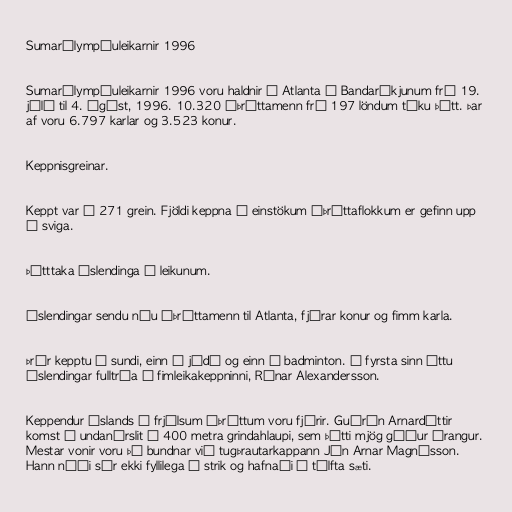
Sumarólympíuleikarnir 1996

Sumarólympíuleikarnir 1996 voru haldnir í Atlanta í Bandaríkjunum frá 19.
júlí til 4. ágúst, 1996. 10.320 íþróttamenn frá 197 löndum tóku þátt. Þar
af voru 6.797 karlar og 3.523 konur.

Keppnisgreinar.

Keppt var í 271 grein. Fjöldi keppna í einstökum íþróttaflokkum er gefinn upp
í sviga.

Þátttaka Íslendinga á leikunum.

Íslendingar sendu níu íþróttamenn til Atlanta, fjórar konur og fimm karla.

Þrír kepptu í sundi, einn í júdó og einn í badminton. Í fyrsta sinn áttu
Íslendingar fulltrúa í fimleikakeppninni, Rúnar Alexandersson.

Keppendur Íslands í frjálsum íþróttum voru fjórir. Guðrún Arnardóttir
komst í undanúrslit í 400 metra grindahlaupi, sem þótti mjög góður árangur.
Mestar vonir voru þó bundnar við tugþrautarkappann Jón Arnar Magnússon.
Hann náði sér ekki fyllilega á strik og hafnaði í tólfta sæti.